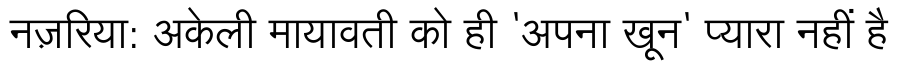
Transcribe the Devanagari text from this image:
नज़रिया: अकेली मायावती को ही 'अपना खून' प्यारा नहीं है